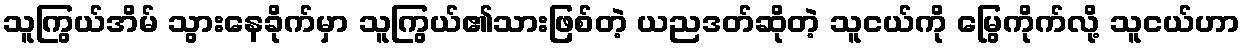
သူကြွယ်အိမ် သွားနေခိုက်မှာ သူကြွယ်၏သားဖြစ်တဲ့ ယညဒတ်ဆိုတဲ့ သူငယ်ကို မြွေကိုက်လို့ သူငယ်ဟာ